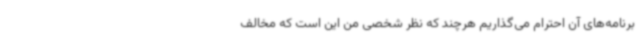
برنامه‌های آن احترام می‌گذاریم هرچند که نظر شخصی من این است که مخالف